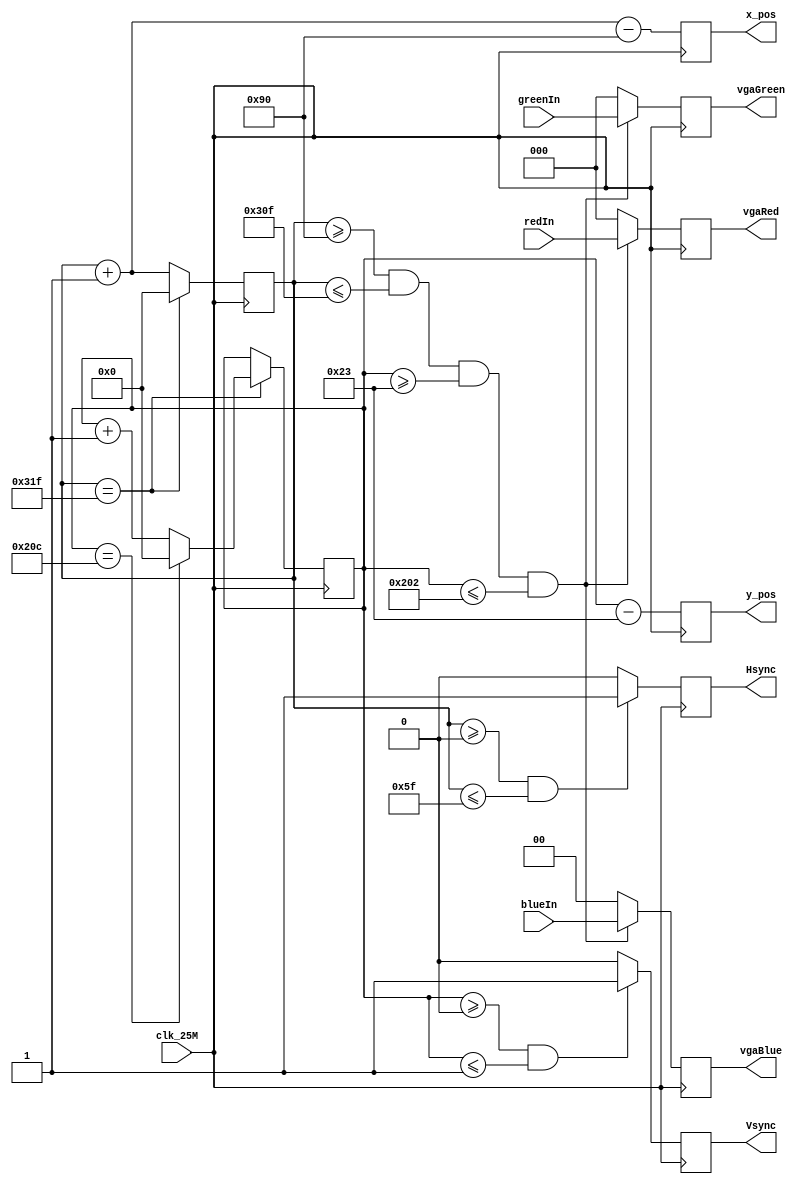

module VGA_driver(
    input clk_25M,
    input [2:0] redIn,
    input [2:0] greenIn,
    input [1:0] blueIn,
    output reg [2:0] vgaRed = 0,
    output reg [2:0] vgaGreen = 0,
    output reg [2:1] vgaBlue = 0,
    output reg Hsync = 0,
    output reg Vsync = 0,
    output reg [9:0] x_pos = 0,
    output reg [9:0] y_pos = 0
    );

	reg [9:0] h_count = 0;
	reg [9:0] v_count = 0;
	
	always @(posedge clk_25M)
	begin
		// Control counter for h_sync and v_sync control
		if (h_count == 799)
		begin
			h_count <= 0;
			if (v_count == 524)
				v_count <= 0;
			else
				v_count <= v_count + 1'b1;
		end
		else
			h_count <= h_count + 1'b1;
		
		// control Hsync signal
		if ((h_count >= 0) && (h_count <= 95))
			Hsync <= 1;
		else
			Hsync <= 0;
		
		// control Vsync signal
		if ((v_count >= 0) && (v_count <= 1))
			Vsync <= 1;
		else
			Vsync <= 0;
			
		// Set color to black when outside of video bounds and output position
		if ((h_count >= 144) && (h_count <= 783) && (v_count >= 35) && (v_count <= 514))
		begin
			vgaRed <= redIn;
			vgaGreen <= greenIn;
			vgaBlue <= blueIn;
		end
		else
		begin
			vgaRed <= 0;
			vgaGreen <= 0;
			vgaBlue <= 0;
		end
		x_pos <= (h_count + 1'b1) - 9'd144; // X position being output is the next position. Will be between 0 and 639 for valid inputs
		y_pos <= v_count - 9'd35; // Y position is current position. Between 0 and 479 for valid inputs
	end


endmodule